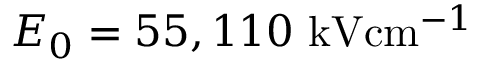
E _ { 0 } = 5 5 , 1 1 0 \ensuremath { ~ \mathrm { k V } \mathrm { c m } ^ { - 1 } }